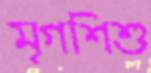
মৃগশিশু